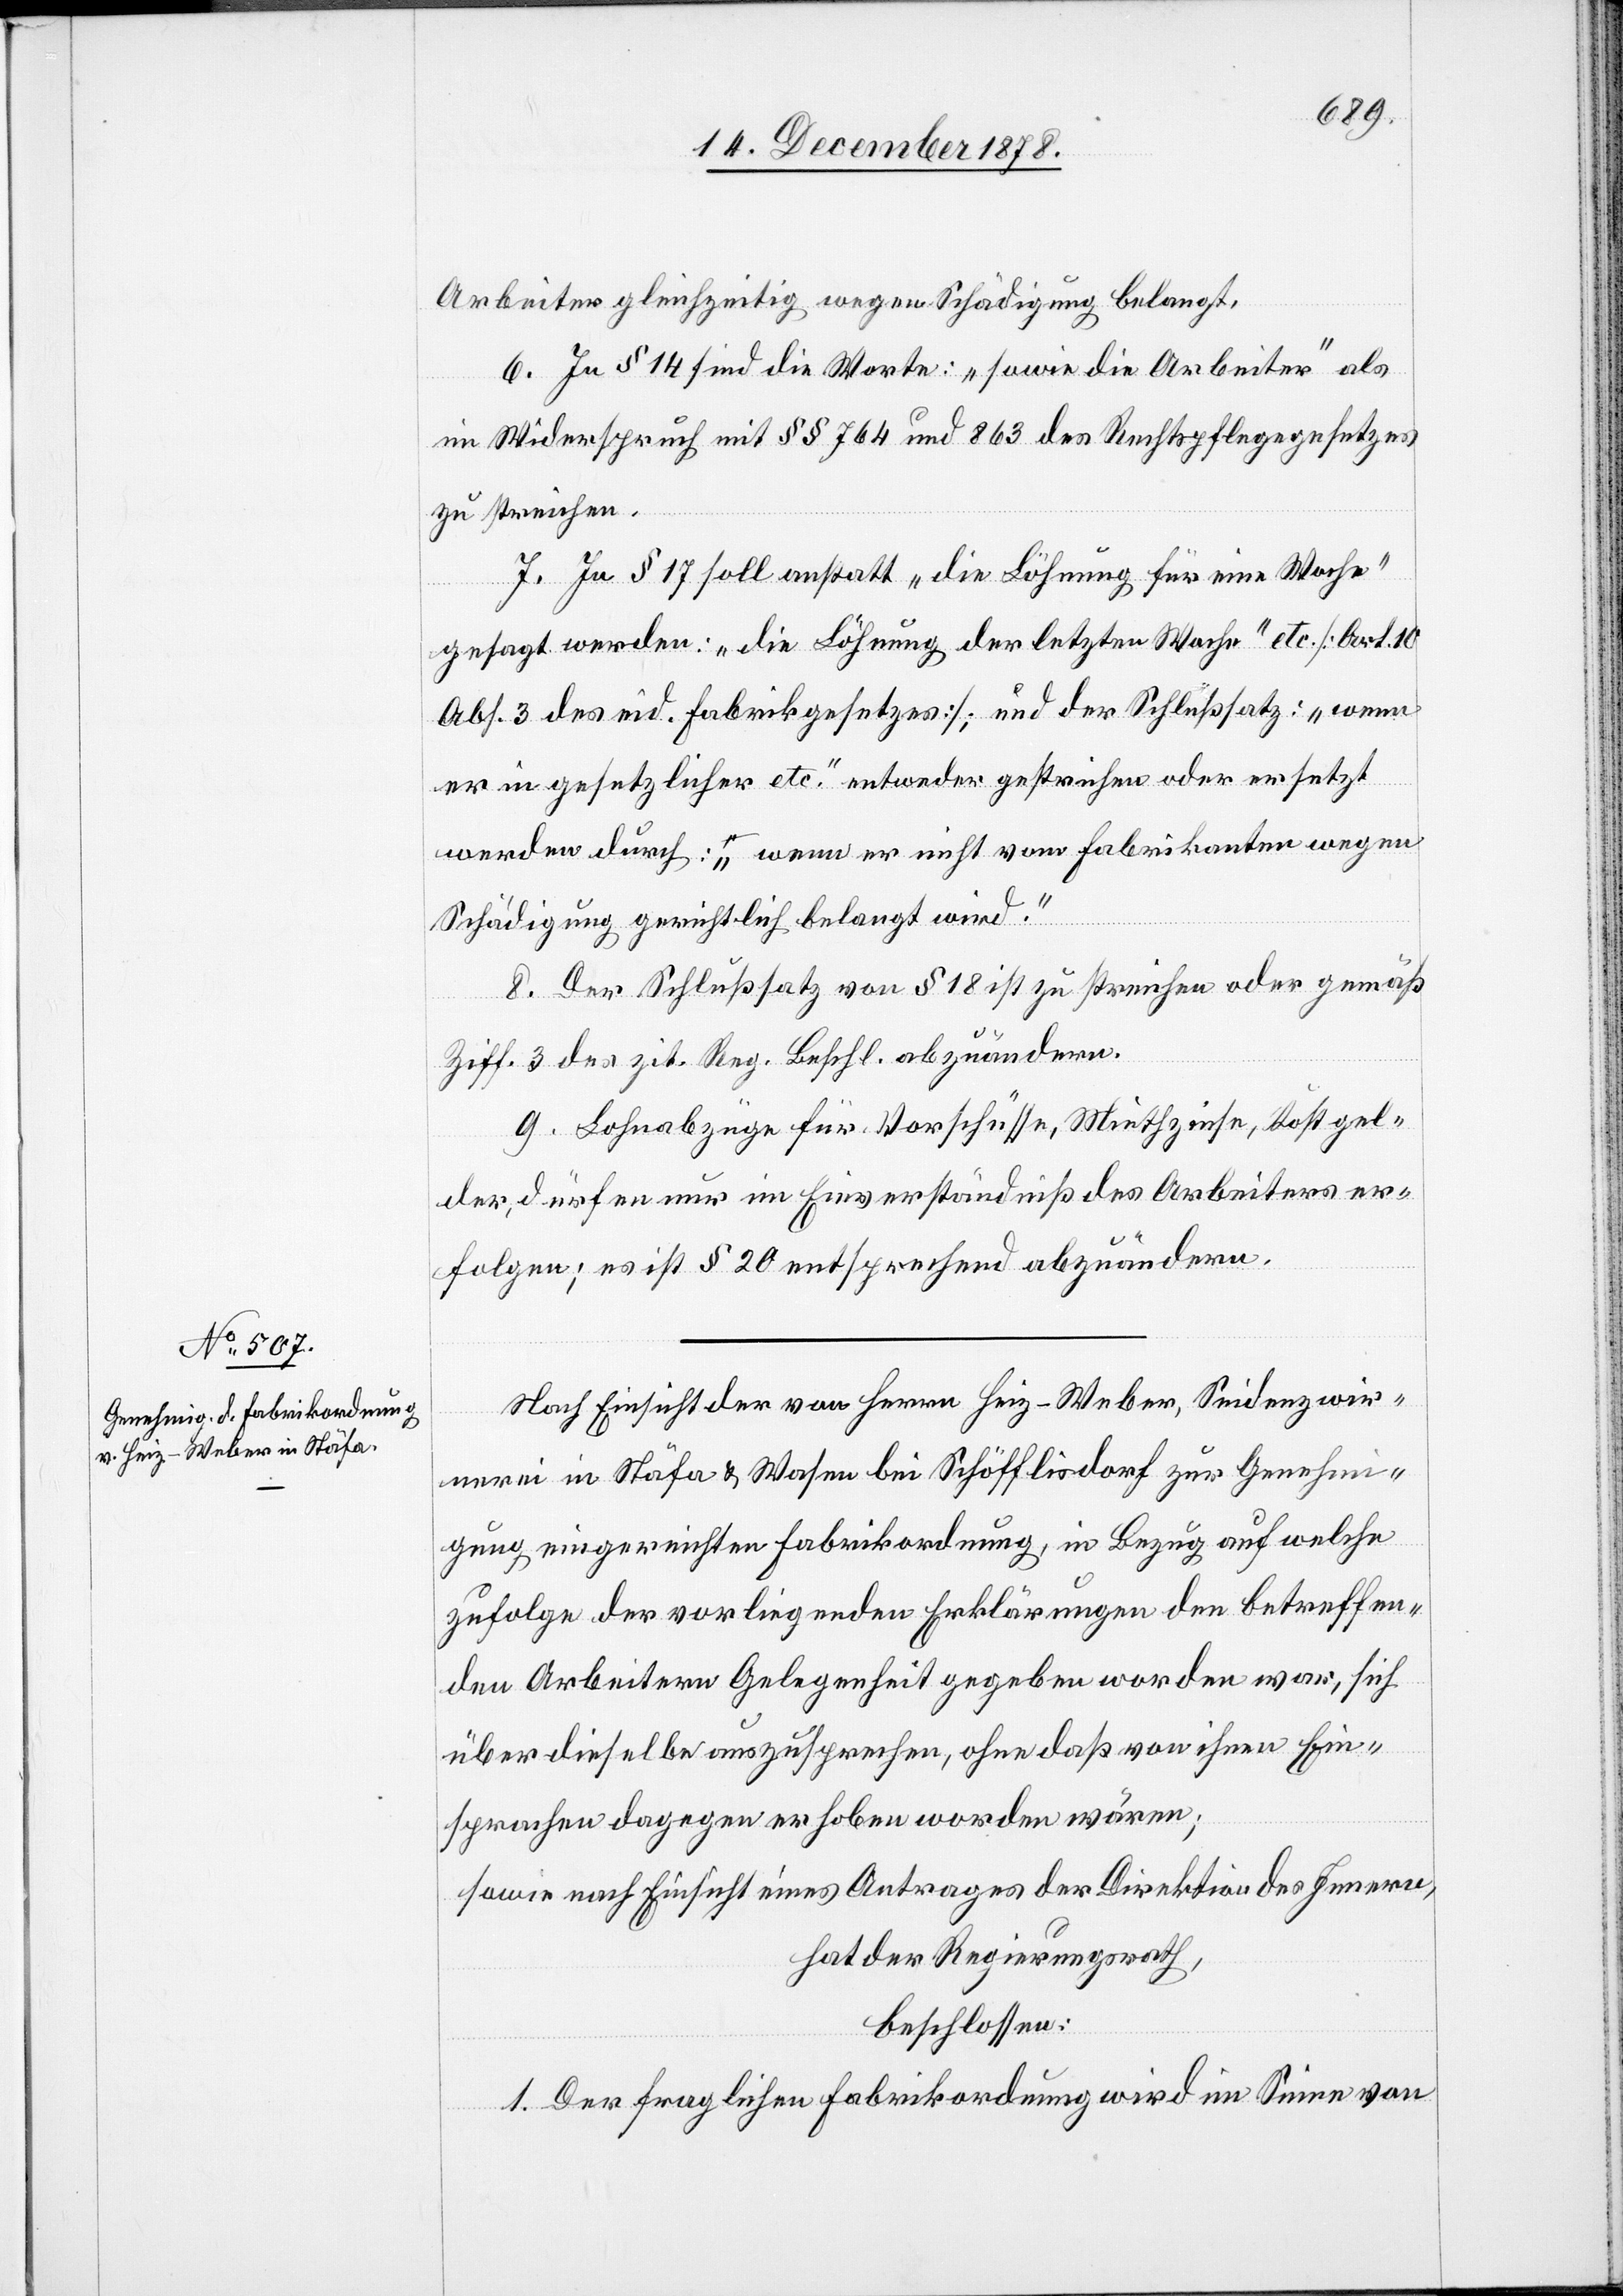
Arbeiter gleichzeitig wegen Schädigung belangt.
6. In § 14 sind die Worte: „sowie die Arbeiter“ als
im Widerspruch mit §§ 764 und 863 des Rechtspflegegesetzes
zu streichen.
7. In § 17 soll anstatt „die Löhnung für eine Woche“
gesagt werden: „die Löhnung der letzten Woche“ etc. [Art. 10
Abs. 3 des eid. Fabrikgesetzes]; und der Schlußsatz: „wenn
er in gesetzlicher etc.“ entweder gestrichen oder ersetzt
werden durch: „wenn er nicht vom Fabrikanten wegen
Schädigung gerichtlich belangt wird.“
8. Der Schlußsatz von § 18 ist zu streichen oder gemäß
Ziff. 3 des zit. Reg. Beschl. abzuändern.
9. Lohnabzüge für Vorschüsse, Miethzinse, Kostgel¬
der, dürfen nur im Einverständniß des Arbeiters er¬
folgen; es ist § 20 entsprechend abzuändern.
Nach Einsicht der von Herrn Heiz-Weber, Seidenzwir¬
nerei in Stäfa & Wasen bei Schöfflisdorf zur Genehmi¬
gung eingereichten Fabrikordnung, in Bezug auf welche
zufolge der vorliegenden Erklärungen den betreffen¬
den Arbeitern Gelegenheit gegeben worden war, sich
über dieselbe auszusprechen, ohne daß von ihnen Ein¬
sprachen dagegen erhoben worden wären;
sowie nach Einsicht eines Antrages der Direktion des Innern,
hat der Regierungsrath,
beschlossen:
1. Der fraglichen Fabrikordnung wird im Sinne von